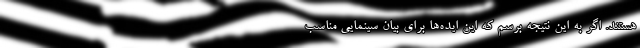
هستند. اگر به این نتیجه برسم که این ایده‌ها برای بیان سینمایی مناسب